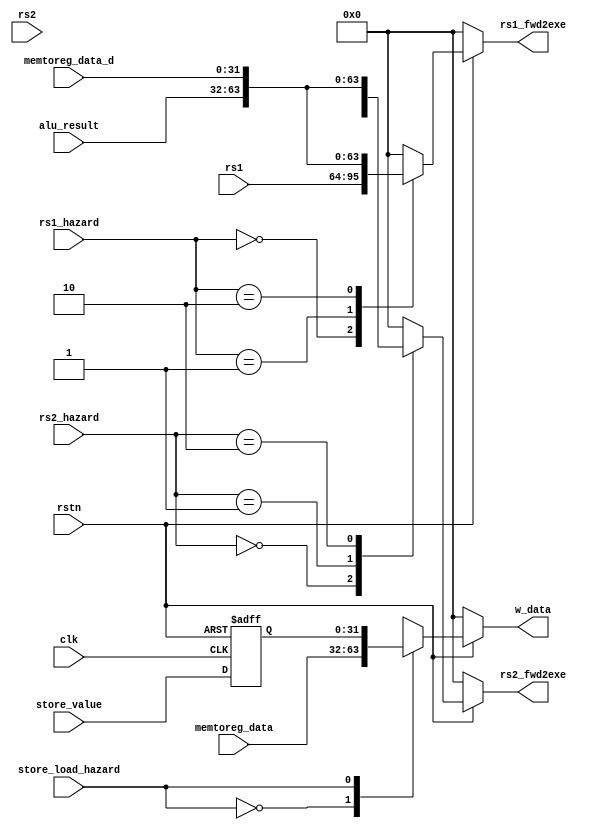
/*************************************************************************************************************
Github repo : https://github.com/Praseeda-S/RISC-V-Soc.git
Date : 20/05/2021
Authors : Praseeda S, Sanjana AR, Parvathy PH, Anna Sebastine
College Name : College of Engineering, Trivandrum
Project Name : Design and Verification of Vriddhi: A RISC-V Core
Design name : Forward unit
Module name : forwarding
Description : Forwards the result of ALU operation from execute or writeback stage to a dependent instruction
*************************************************************************************************************/

module forwarding(
input clk,
input rstn,
input wire [31:0] memtoreg_data,
input wire [31:0] memtoreg_data_d,
input wire [1:0]  rs1_hazard,
input wire [1:0]  rs2_hazard,
input wire [31:0] alu_result,
input wire [31:0] rs1,
input wire [31:0] rs2,
input wire        store_load_hazard,
input wire [31:0] store_value,
output reg [31:0] rs1_fwd2exe,
output reg [31:0] rs2_fwd2exe,
output reg [31:0] w_data
);

wire [1:0] rs1_haz, rs2_haz;
reg  [31:0] store_value_reg;

always @(*)
begin 

if (~rstn) begin 
   rs1_fwd2exe <= 0;
   rs2_fwd2exe <= 0;
   w_data <= 0;
end

else begin
case (rs1_hazard)
   2'b00: rs1_fwd2exe <= rs1;
   2'b01: rs1_fwd2exe <= alu_result;
   2'b10: rs1_fwd2exe <= memtoreg_data_d;
   default: rs1_fwd2exe <= 32'h00000000;
endcase  

case (rs2_hazard)
   2'b00: rs2_fwd2exe <= rs2;
   2'b01: rs2_fwd2exe <= alu_result;
   2'b10: rs2_fwd2exe <= memtoreg_data_d;
   default: rs2_fwd2exe <= 32'h00000000;

endcase  

case(store_load_hazard)
   1'b0: w_data <= memtoreg_data;//store_value_reg;
   1'b1: w_data <= store_value_reg;//memtoreg_data;
   default: w_data <= 32'h00000000;
endcase
end
end

always @(posedge clk or negedge rstn)
begin
if(~rstn) begin
store_value_reg <= 32'h00000000;
end
else begin
store_value_reg <= store_value;
end
end

endmodule